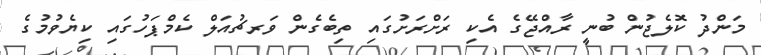
މަންދު ކޮލެޖުން ބުނީ ރާއްޖޭގެ އެކި ރަށްރަށުގައި ތިބެގެން ވަރޗުއަލް ކެމްޕަހުގައި ކިޔެވުމުގެ